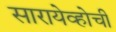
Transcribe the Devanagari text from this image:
सारायेव्होची